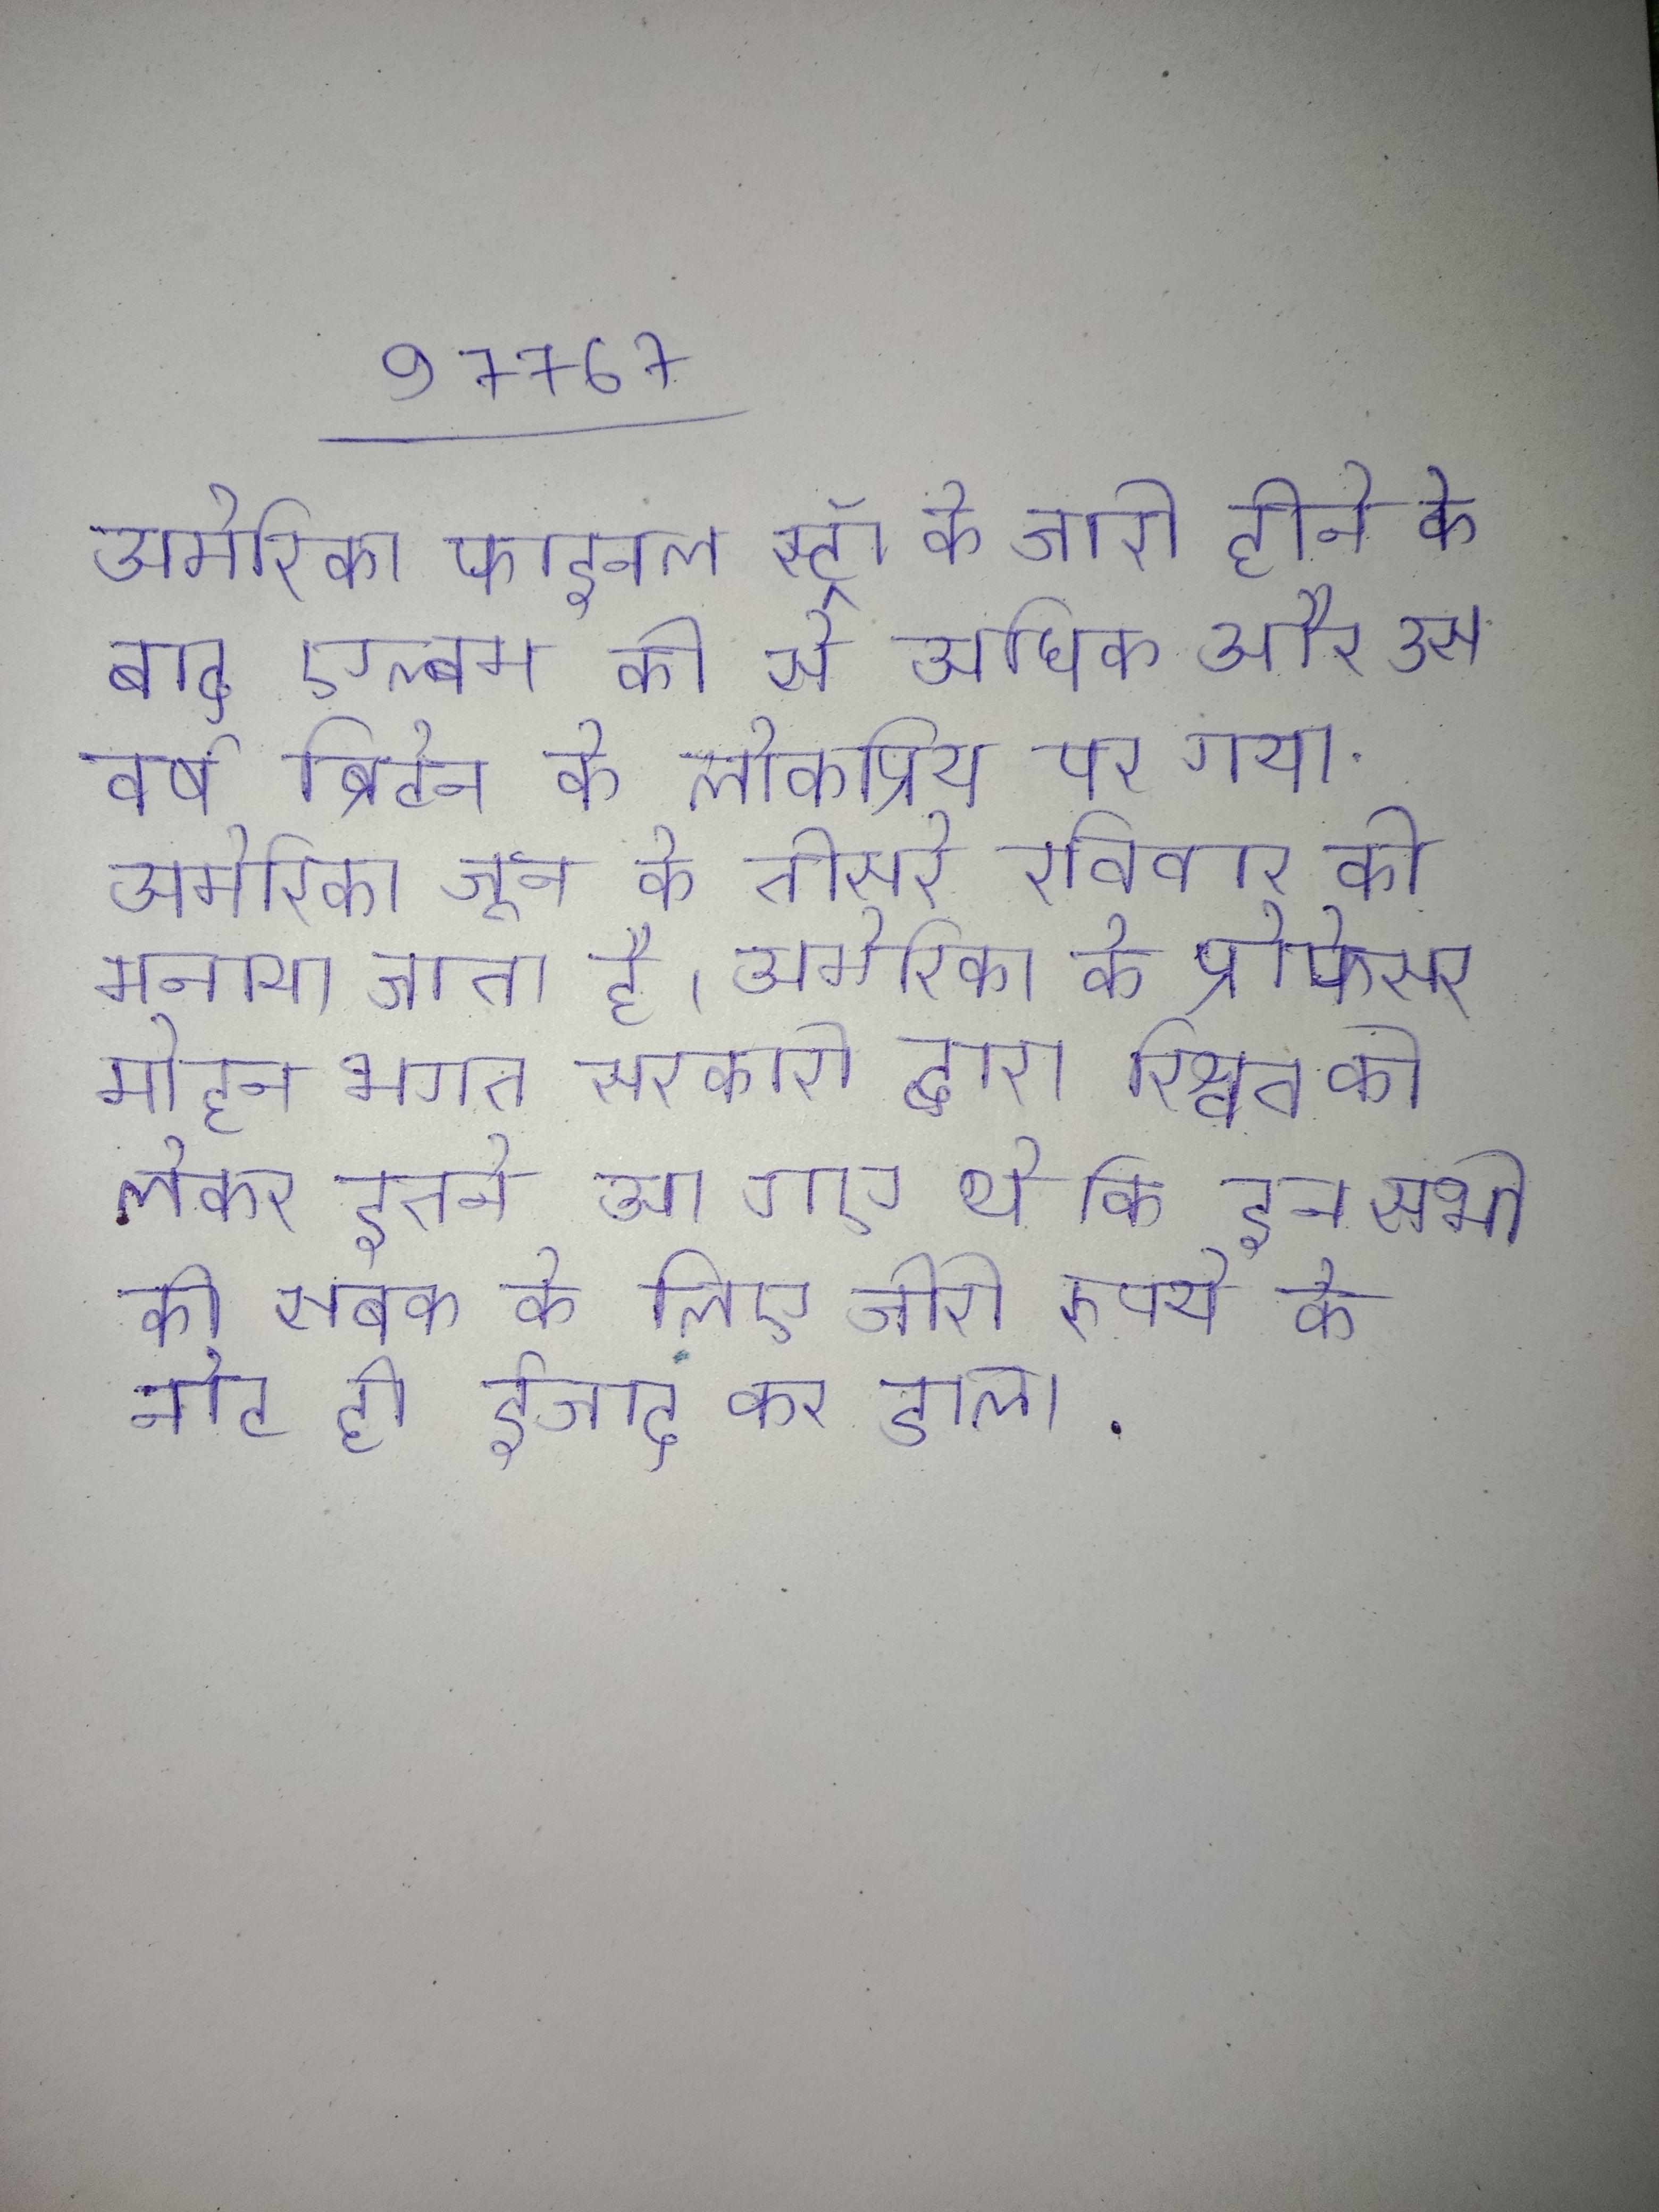
अमेरिका फाइनल स्ट्रॉ के जारी होने के बाद एल्बम की से अधिक और उस वर्ष ब्रिटेन के लोकप्रिय पर गया . अमेरिका जून के तीसरे रविवार को मनाया जाता है । अमेरिका के प्रोफेसर मोहन भगत सरकारी द्वारा रिश्वत को लेकर इतने आ गए थे कि इन सभी को सबक के लिए जीरो रुपये के नोट ही ईजाद कर डाला .